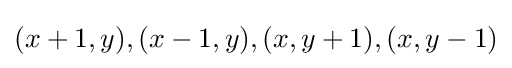
(x+1,y),(x-1,y),(x,y+1),(x,y-1)